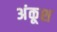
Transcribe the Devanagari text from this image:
अंकूश